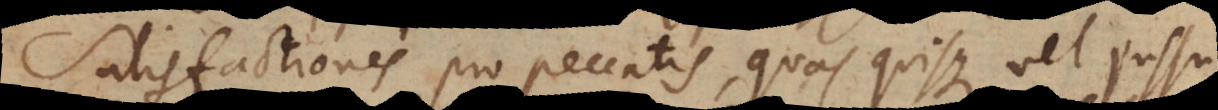
Satisfactiones pro peccatis, quas quisque vel jussu